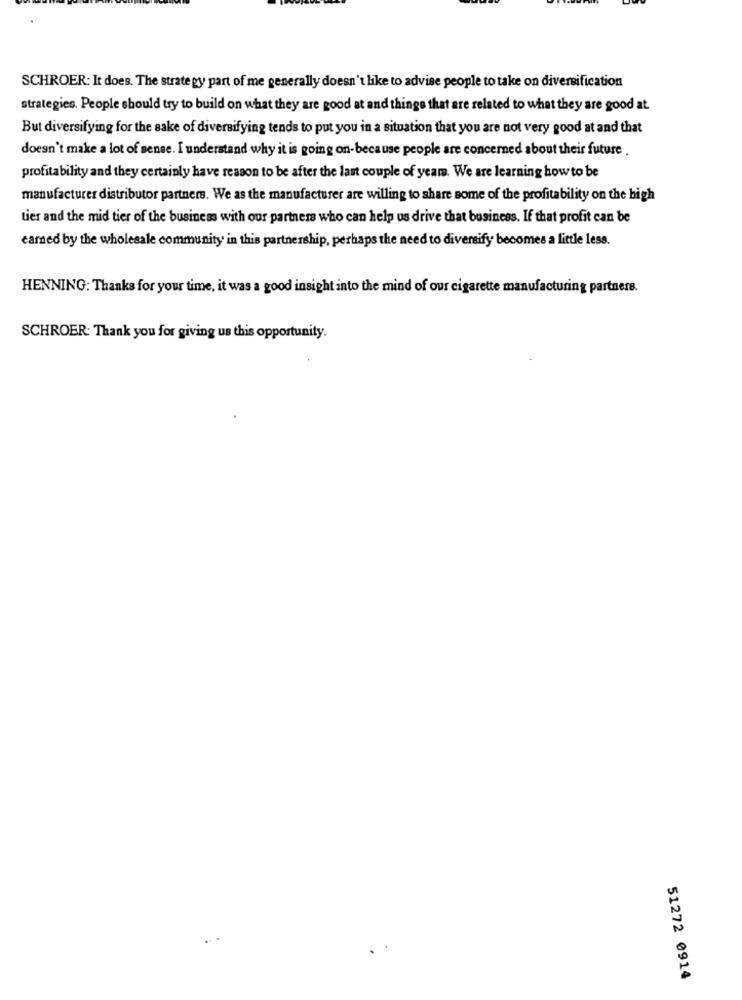
SCHROER: It does. The strategy part of me generally doesn't like to advise people to take on diversification
strategies. People should try to build on what they are good at and things that are related to what they are good at.
But diversifying for the sake of diversifying tends to put you in a situation that you are not very good at and that
doesn't make a lot of sense. I understand why it is going on-because people are concerned about their future .
profitability and they certainly have reason to be after the last couple of year. We are learning how to be
manufacturer distributor partners. We as the manufacturer are willing to share some of the profitability on the high
tier and the mid tier of the business with our partners who can help us drive that business. If that profit can be
camed by the wholesale community in this partnership, perhaps the need to diversify becomes a little less.
HENNING: Thanks for your time, it was a good insight into the mind of our cigarette manufacturing partners.
SCHROER: Thank you for giving us this opportunity.
51272 0914